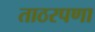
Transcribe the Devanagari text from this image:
ताठरपणा